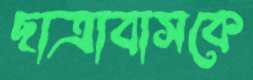
ছাত্রাবাসকে